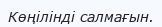
Көңілінді салмағын.